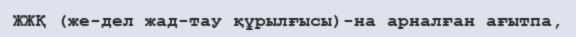
ЖЖҚ (же­дел жад­тау құрылғысы)-на арналған ағытпа,